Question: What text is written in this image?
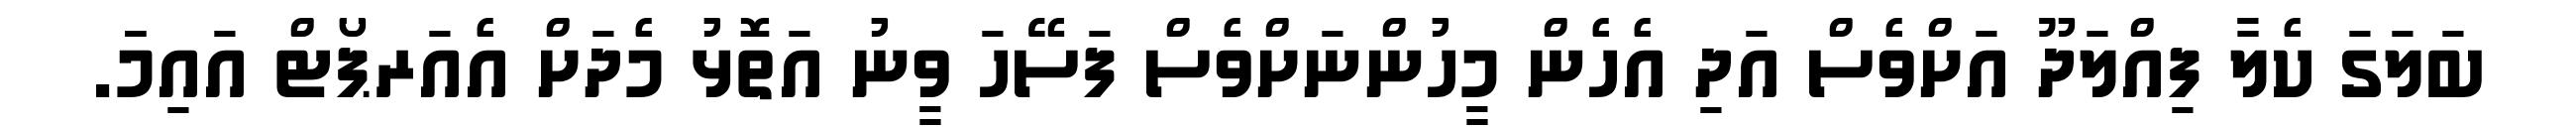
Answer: ބަލަގަ ކެލާ ފިއްލަދޫ އަށްވެސް އަދި އެހެން މީހުންނަށްވެސް ފަސޭހަ ވީނު އަތޮޅު މެދަށް އެއަރޕޯޓް އައިމަަ.